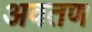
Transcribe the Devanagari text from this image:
अवतण